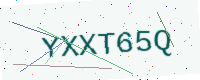
Text: YXXT65Q